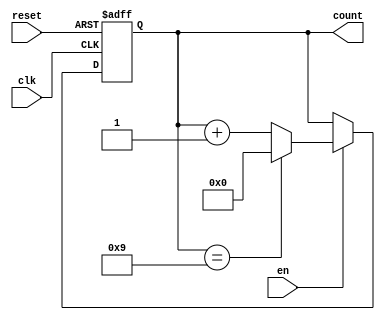
`timescale 1ns / 1ps
//////////////////////////////////////////////////////////////////////////////////
// Company: 
// Engineer: 
// 
// Design Name: 
// Module Name: counterModN
// Project Name: 
// Target Devices: 
// Tool Versions: 
// Description: 
// 
// Dependencies: 
// 
// Revision:
// Revision 0.01 - File Created
// Additional Comments:
// 
//////////////////////////////////////////////////////////////////////////////////


module counterModN#(parameter x=4,n=10) (
input clk,reset,en,
output reg [x-1:0] count);

always @(posedge clk,posedge reset)begin
    if(reset==1)
         count<=0;
    else if(en==1)begin
        if(count==n-1)
            count<=0;
        else
            count<=count+1;

    end
end
endmodule